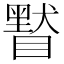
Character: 𥊷